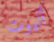
أليوت